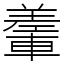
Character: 䡨